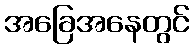
အခြေအနေတွင်